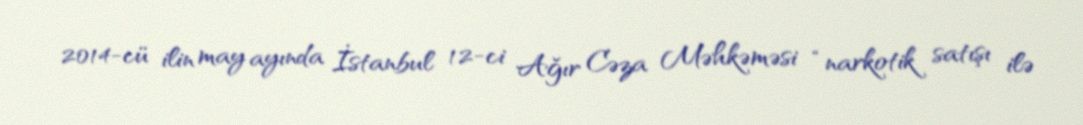
2014-cü ilin may ayında İstanbul 12-ci Ağır Cəza Məhkəməsi “narkotik satışı ilə